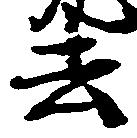
去